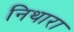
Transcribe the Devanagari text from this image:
निथारा